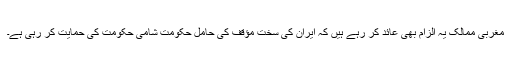
مغربی ممالک یہ الزام بھی عائد کر رہے ہیں کہ ایران کی سخت مؤقف کی حامل حکومت شامی حکومت کی حمایت کر رہی ہے۔